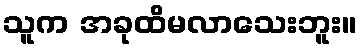
သူက အခုထိမလာသေးဘူး။